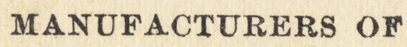
MANUFACTURERS OF